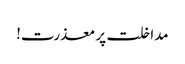
مداخلت پر معذرت!